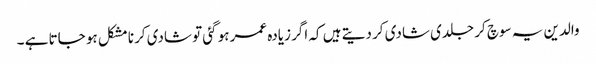
والدین یہ سوچ کر جلدی شادی کر دیتے ہیں کہ اگر زیادہ عمر ہو گئی تو شادی کرنا مشکل ہو جاتا ہے ۔